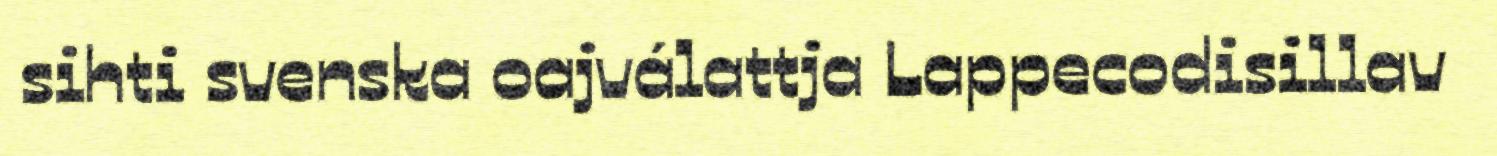
sihti svenska oajválattja Lappecodisillav